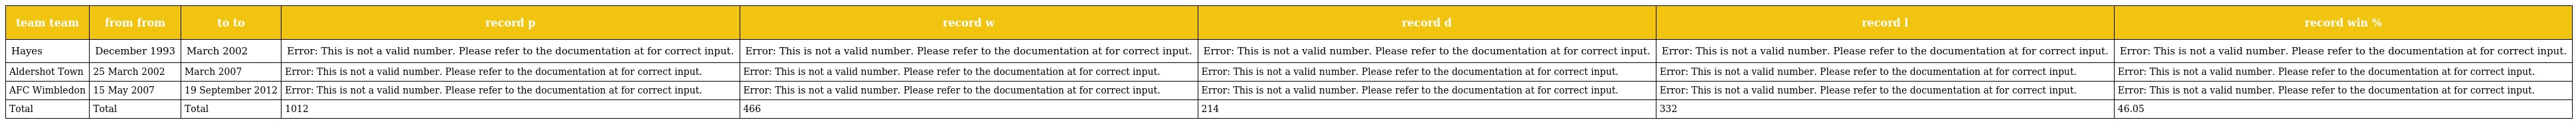
| team team | from from | to to | record p | record w | record d | record l | record win % |
 | --- | --- | --- | --- | --- | --- | --- | --- |
 | Hayes | December 1993 | March 2002 | Error: This is not a valid number. Please refer to the documentation at for correct input. | Error: This is not a valid number. Please refer to the documentation at for correct input. | Error: This is not a valid number. Please refer to the documentation at for correct input. | Error: This is not a valid number. Please refer to the documentation at for correct input. | Error: This is not a valid number. Please refer to the documentation at for correct input. |
 | Aldershot Town | 25 March 2002 | March 2007 | Error: This is not a valid number. Please refer to the documentation at for correct input. | Error: This is not a valid number. Please refer to the documentation at for correct input. | Error: This is not a valid number. Please refer to the documentation at for correct input. | Error: This is not a valid number. Please refer to the documentation at for correct input. | Error: This is not a valid number. Please refer to the documentation at for correct input. |
 | AFC Wimbledon | 15 May 2007 | 19 September 2012 | Error: This is not a valid number. Please refer to the documentation at for correct input. | Error: This is not a valid number. Please refer to the documentation at for correct input. | Error: This is not a valid number. Please refer to the documentation at for correct input. | Error: This is not a valid number. Please refer to the documentation at for correct input. | Error: This is not a valid number. Please refer to the documentation at for correct input. |
 | Total | Total | Total | 1012 | 466 | 214 | 332 | 46.05 |